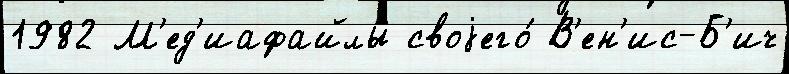
1982 М'ед'иафайлы своjего́ В'ен'ис-Б'ич